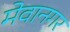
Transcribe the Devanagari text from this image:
मेवानगर